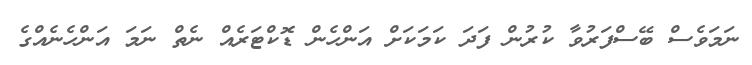
ނަމަވެސް ބޭސްފަރުވާ ކުރުން ފަދަ ކަމަކަށް އަންހެން ޑޮކްޓަރެއް ނެތް ނަމަ އަންހެނެއްގެ